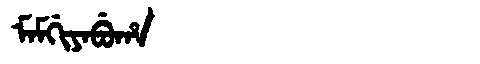
Manchu: ᠮᠠᠮᡤᡳᠶᠠᠪᡠᡥᠠ
Romanization: MAMGIYABUHA